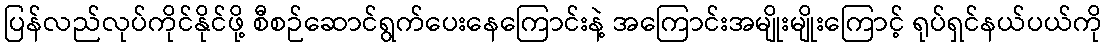
ပြန်လည်လုပ်ကိုင်နိုင်ဖို့ စီစဉ်ဆောင်ရွက်ပေးနေကြောင်းနဲ့ အကြောင်းအမျိုးမျိုးကြောင့် ရုပ်ရှင်နယ်ပယ်ကို